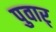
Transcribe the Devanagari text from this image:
पुवार्